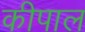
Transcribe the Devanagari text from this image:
कीपाल